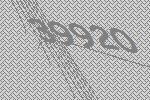
39920